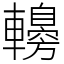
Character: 䡻